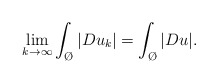
\begin{align*}\lim_{k \to \infty} \int_{\O}|Du_k| =\int_{\O}|Du|.\end{align*}